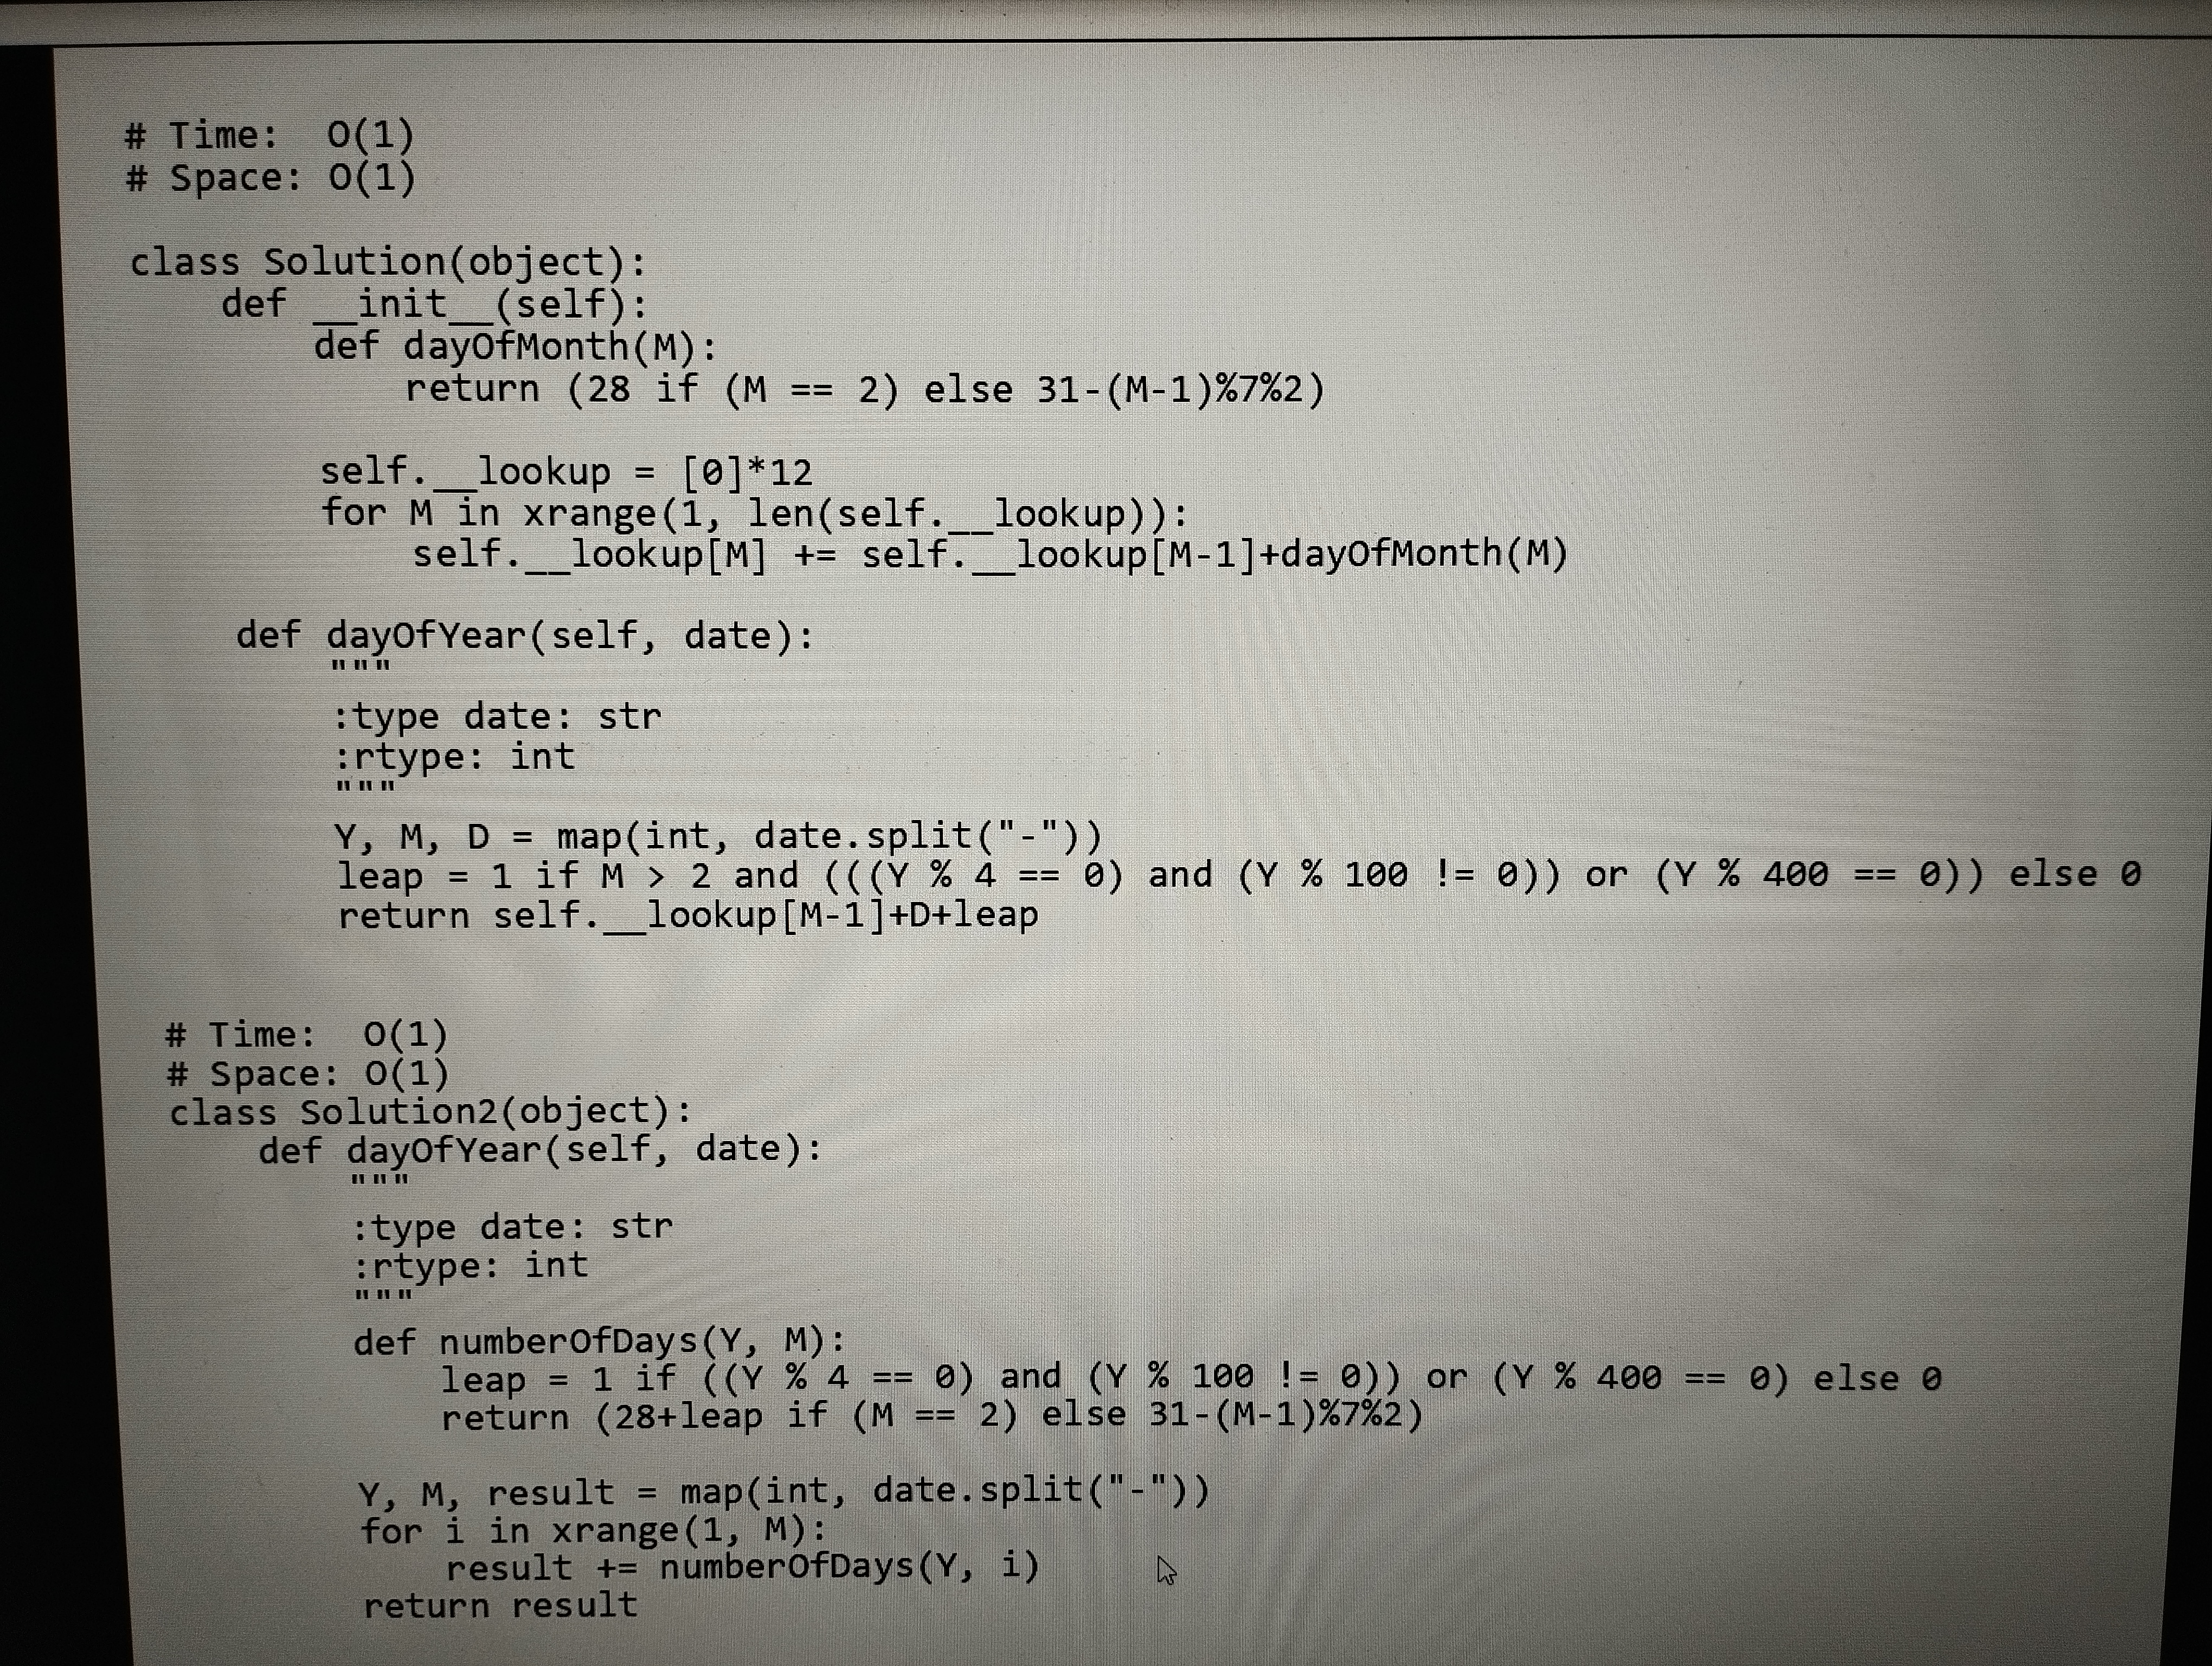
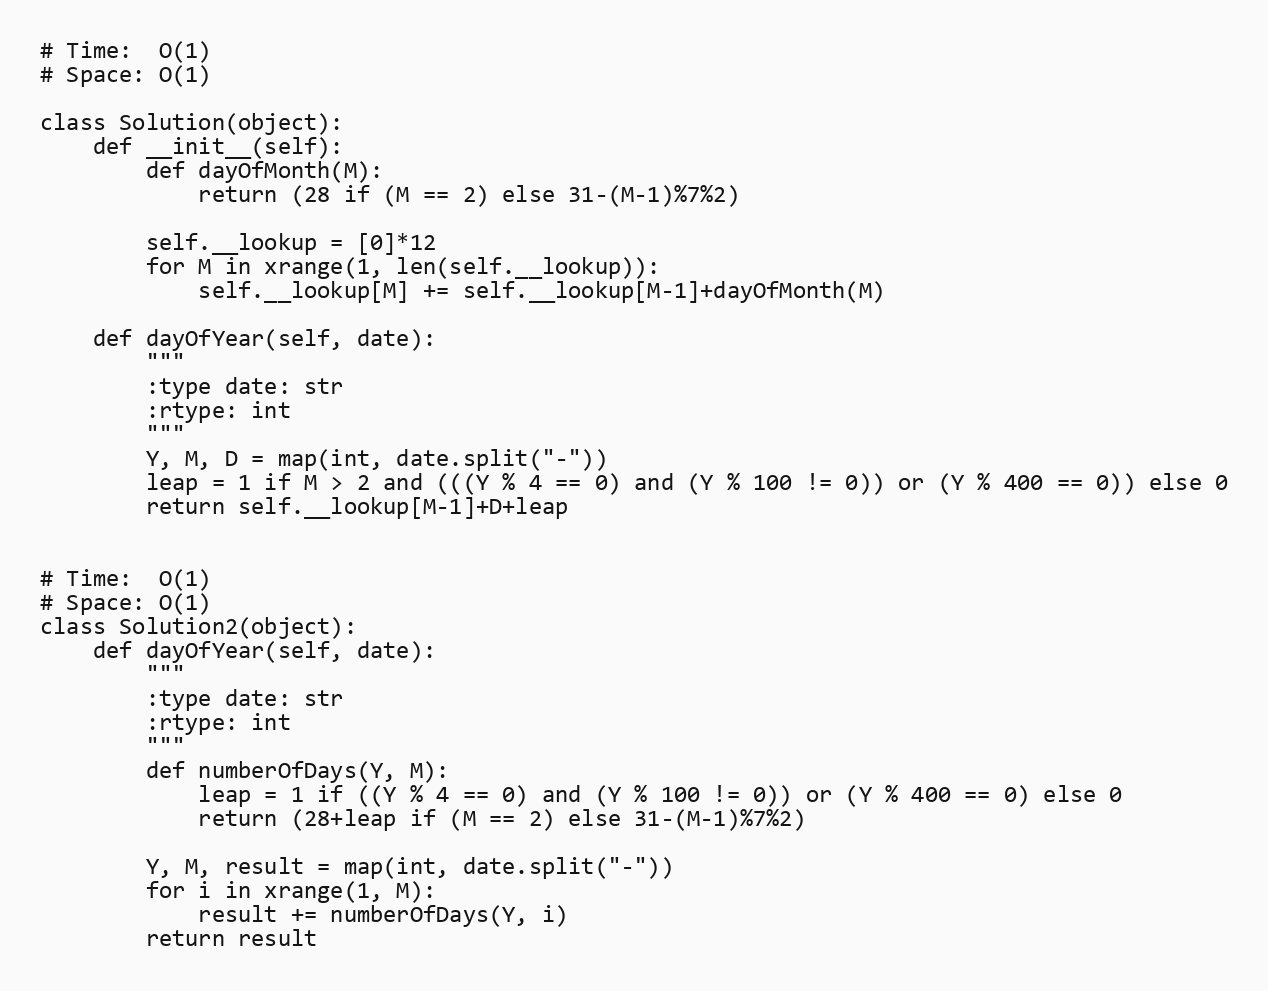
# Time:  O(1)
# Space: O(1)

class Solution(object):
    def __init__(self):
        def dayOfMonth(M):
            return (28 if (M == 2) else 31-(M-1)%7%2)

        self.__lookup = [0]*12
        for M in xrange(1, len(self.__lookup)):
            self.__lookup[M] += self.__lookup[M-1]+dayOfMonth(M)

    def dayOfYear(self, date):
        """
        :type date: str
        :rtype: int
        """
        Y, M, D = map(int, date.split("-"))
        leap = 1 if M > 2 and (((Y % 4 == 0) and (Y % 100 != 0)) or (Y % 400 == 0)) else 0
        return self.__lookup[M-1]+D+leap

# Time:  O(1)
# Space: O(1)
class Solution2(object):
    def dayOfYear(self, date):
        """
        :type date: str
        :rtype: int
        """
        def numberOfDays(Y, M):
            leap = 1 if ((Y % 4 == 0) and (Y % 100 != 0)) or (Y % 400 == 0) else 0
            return (28+leap if (M == 2) else 31-(M-1)%7%2)

        Y, M, result = map(int, date.split("-"))
        for i in xrange(1, M):
            result += numberOfDays(Y, i)
        return result